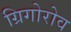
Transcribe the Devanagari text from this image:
ग्रिगोरोव